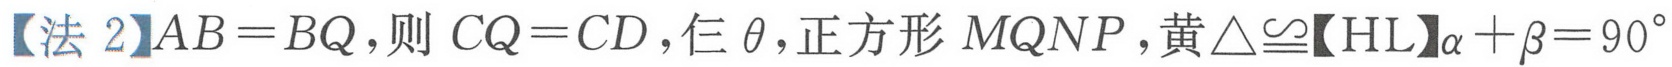
【法 2】\(AB = BQ\)，则 \(CQ = CD\)，仨\(\theta\)，正方形 \(MQNP\)，黄\(\triangle\cong\)【HL】\(\alpha+\beta = 90^{\circ}\)